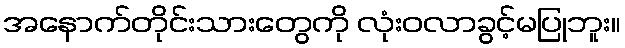
အနောက်တိုင်းသားတွေကို လုံးဝလာခွင့်မပြုဘူး။